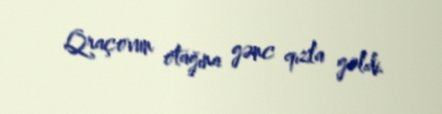
Qraçovun otağına gənc qızla gəldi.